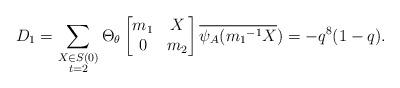
LaTeX: \begin{align*} D_1=\displaystyle \sum_{\substack{X\in S(0) \\ t=2 }}\Theta_{\theta} \begin{bmatrix} m_1 & X\\0 & m_2\end{bmatrix}\overline{\psi_A({m_1}^{-1}X})=-q^8(1-q). \end{align*}